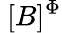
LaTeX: \ [B]^{\Phi}